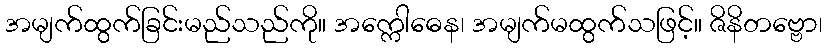
အမျက်ထွက်ခြင်းမည်သည်ကို။ အက္ကေါဓေန၊ အမျက်မထွက်သဖြင့်။ ဇိနိတဗ္ဗော၊